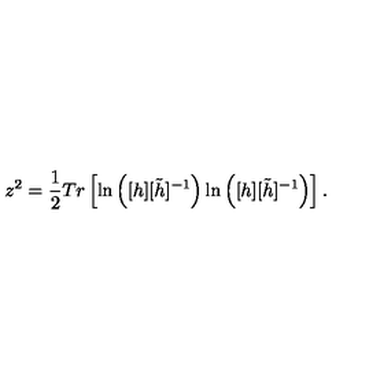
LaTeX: z ^ { 2 } = \frac { 1 } { 2 } T r \left[ \ln \left( [ h ] [ \tilde { h } ] ^ { - 1 } \right) \ln \left( [ h ] [ \tilde { h } ] ^ { - 1 } \right) \right] . \nonumber